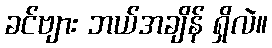
ခင်ဗျား ဘယ်အချိန် ရှိလဲ။